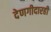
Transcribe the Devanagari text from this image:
देणगीदारही